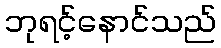
ဘုရင့်နောင်သည်